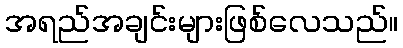
အရည်အချင်းများဖြစ်လေသည်။